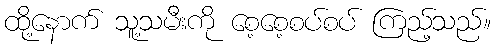
ထို့နောက် သူ့သမီးကို စေ့စေ့စပ်စပ် ကြည့်သည်။